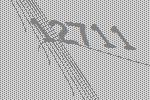
12711